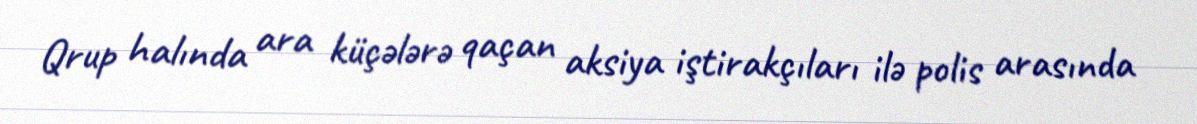
Qrup halında ara küçələrə qaçan aksiya iştirakçıları ilə polis arasında